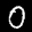
Label: 0